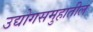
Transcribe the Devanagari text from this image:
उद्योगसमुहातील